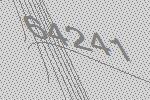
64241